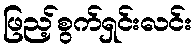
ဖြည့်စွက်ရှင်းလင်း